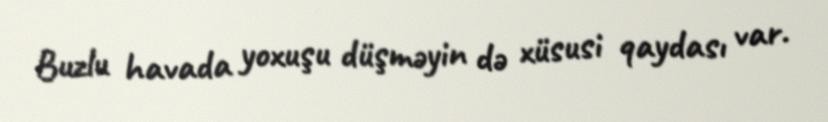
Buzlu havada yoxuşu düşməyin də xüsusi qaydası var.